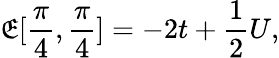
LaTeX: \mathfrak{E}[\frac{{\pi}}{{4}},\frac{{\pi}}{{4}}]=-2t+\frac{{1}}{{2}}U,